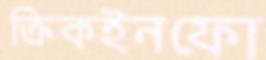
ক্রিকইনফো